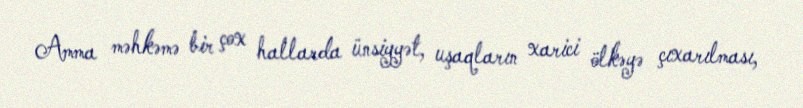
Amma məhkəmə bir çox hallarda ünsiyyət, uşaqların xarici ölkəyə çıxarılması,